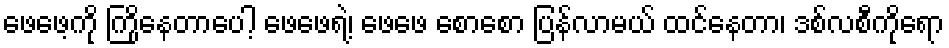
ဖေဖေ့ကို ကြိုနေတာပေါ့ ဖေဖေရဲ့၊ ဖေဖေ စောစော ပြန်လာမယ် ထင်နေတာ၊ ဒစ်လစီကိုရော